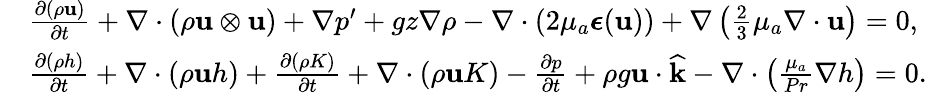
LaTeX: \begin{array}{rl}&{\frac{\partial(\rho\mathbf u)}{\partial t}+\nabla\cdot(\rho\mathbf u\otimes\mathbf u)+\nabla p^{\prime}+gz\nabla\rho-\nabla\cdot(2\mu_{a}\boldsymbol{\epsilon}(\mathbf u))+\nabla\left(\frac{2}{3}\mu_{a}\nabla\cdot\mathbf u\right)=0,}\\ &{\frac{\partial(\rho h)}{\partial t}+\nabla\cdot(\rho\mathbf uh)+\frac{\partial(\rho K)}{\partial t}+\nabla\cdot(\rho\mathbf uK)-\frac{\partial p}{\partial t}+\rho g\mathbf u\cdot\widehat{\mathbf k}-\nabla\cdot\left(\frac{\mu_{a}}{Pr}\nabla h\right)=0.}\end{array}